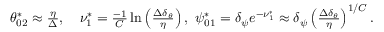
\begin{array} { r } { \theta _ { 0 2 } ^ { * } \approx \frac { \eta } { \Delta } , \ \ \ \nu _ { 1 } ^ { * } = \frac { - 1 } { C } \ln \left( \frac { \Delta \delta _ { \theta } } { \eta } \right) , \ \psi _ { 0 1 } ^ { * } = \delta _ { \psi } e ^ { - \nu _ { 1 } ^ { * } } \approx \delta _ { \psi } \left( \frac { \Delta \delta _ { \theta } } { \eta } \right) ^ { 1 / C } . } \end{array}